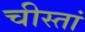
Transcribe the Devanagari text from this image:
चीस्तां